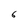
Character: 6